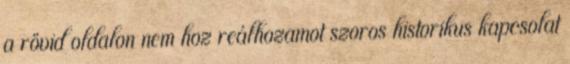
a rövid oldalon nem hoz reálhozamot szoros historikus kapcsolat